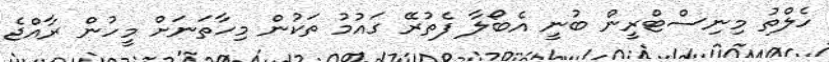
ހެލްތު މިނިސްޓްރީން ބުނީ އެބޯލާ ފެތުރޭ ގައުމު ތަކުން މިހާތަނަށް މީހުން ރާއްޖެ